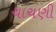
ચાચણી